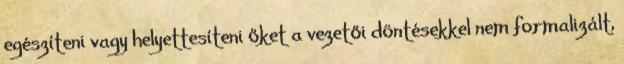
egészíteni vagy helyettesíteni őket a vezetői döntésekkel nem formalizált,